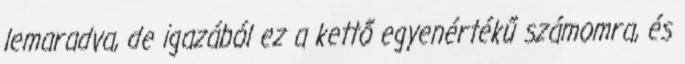
lemaradva, de igazából ez a kettő egyenértékű számomra, és